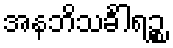
အနဘိသင်္ခါရဉ္စ